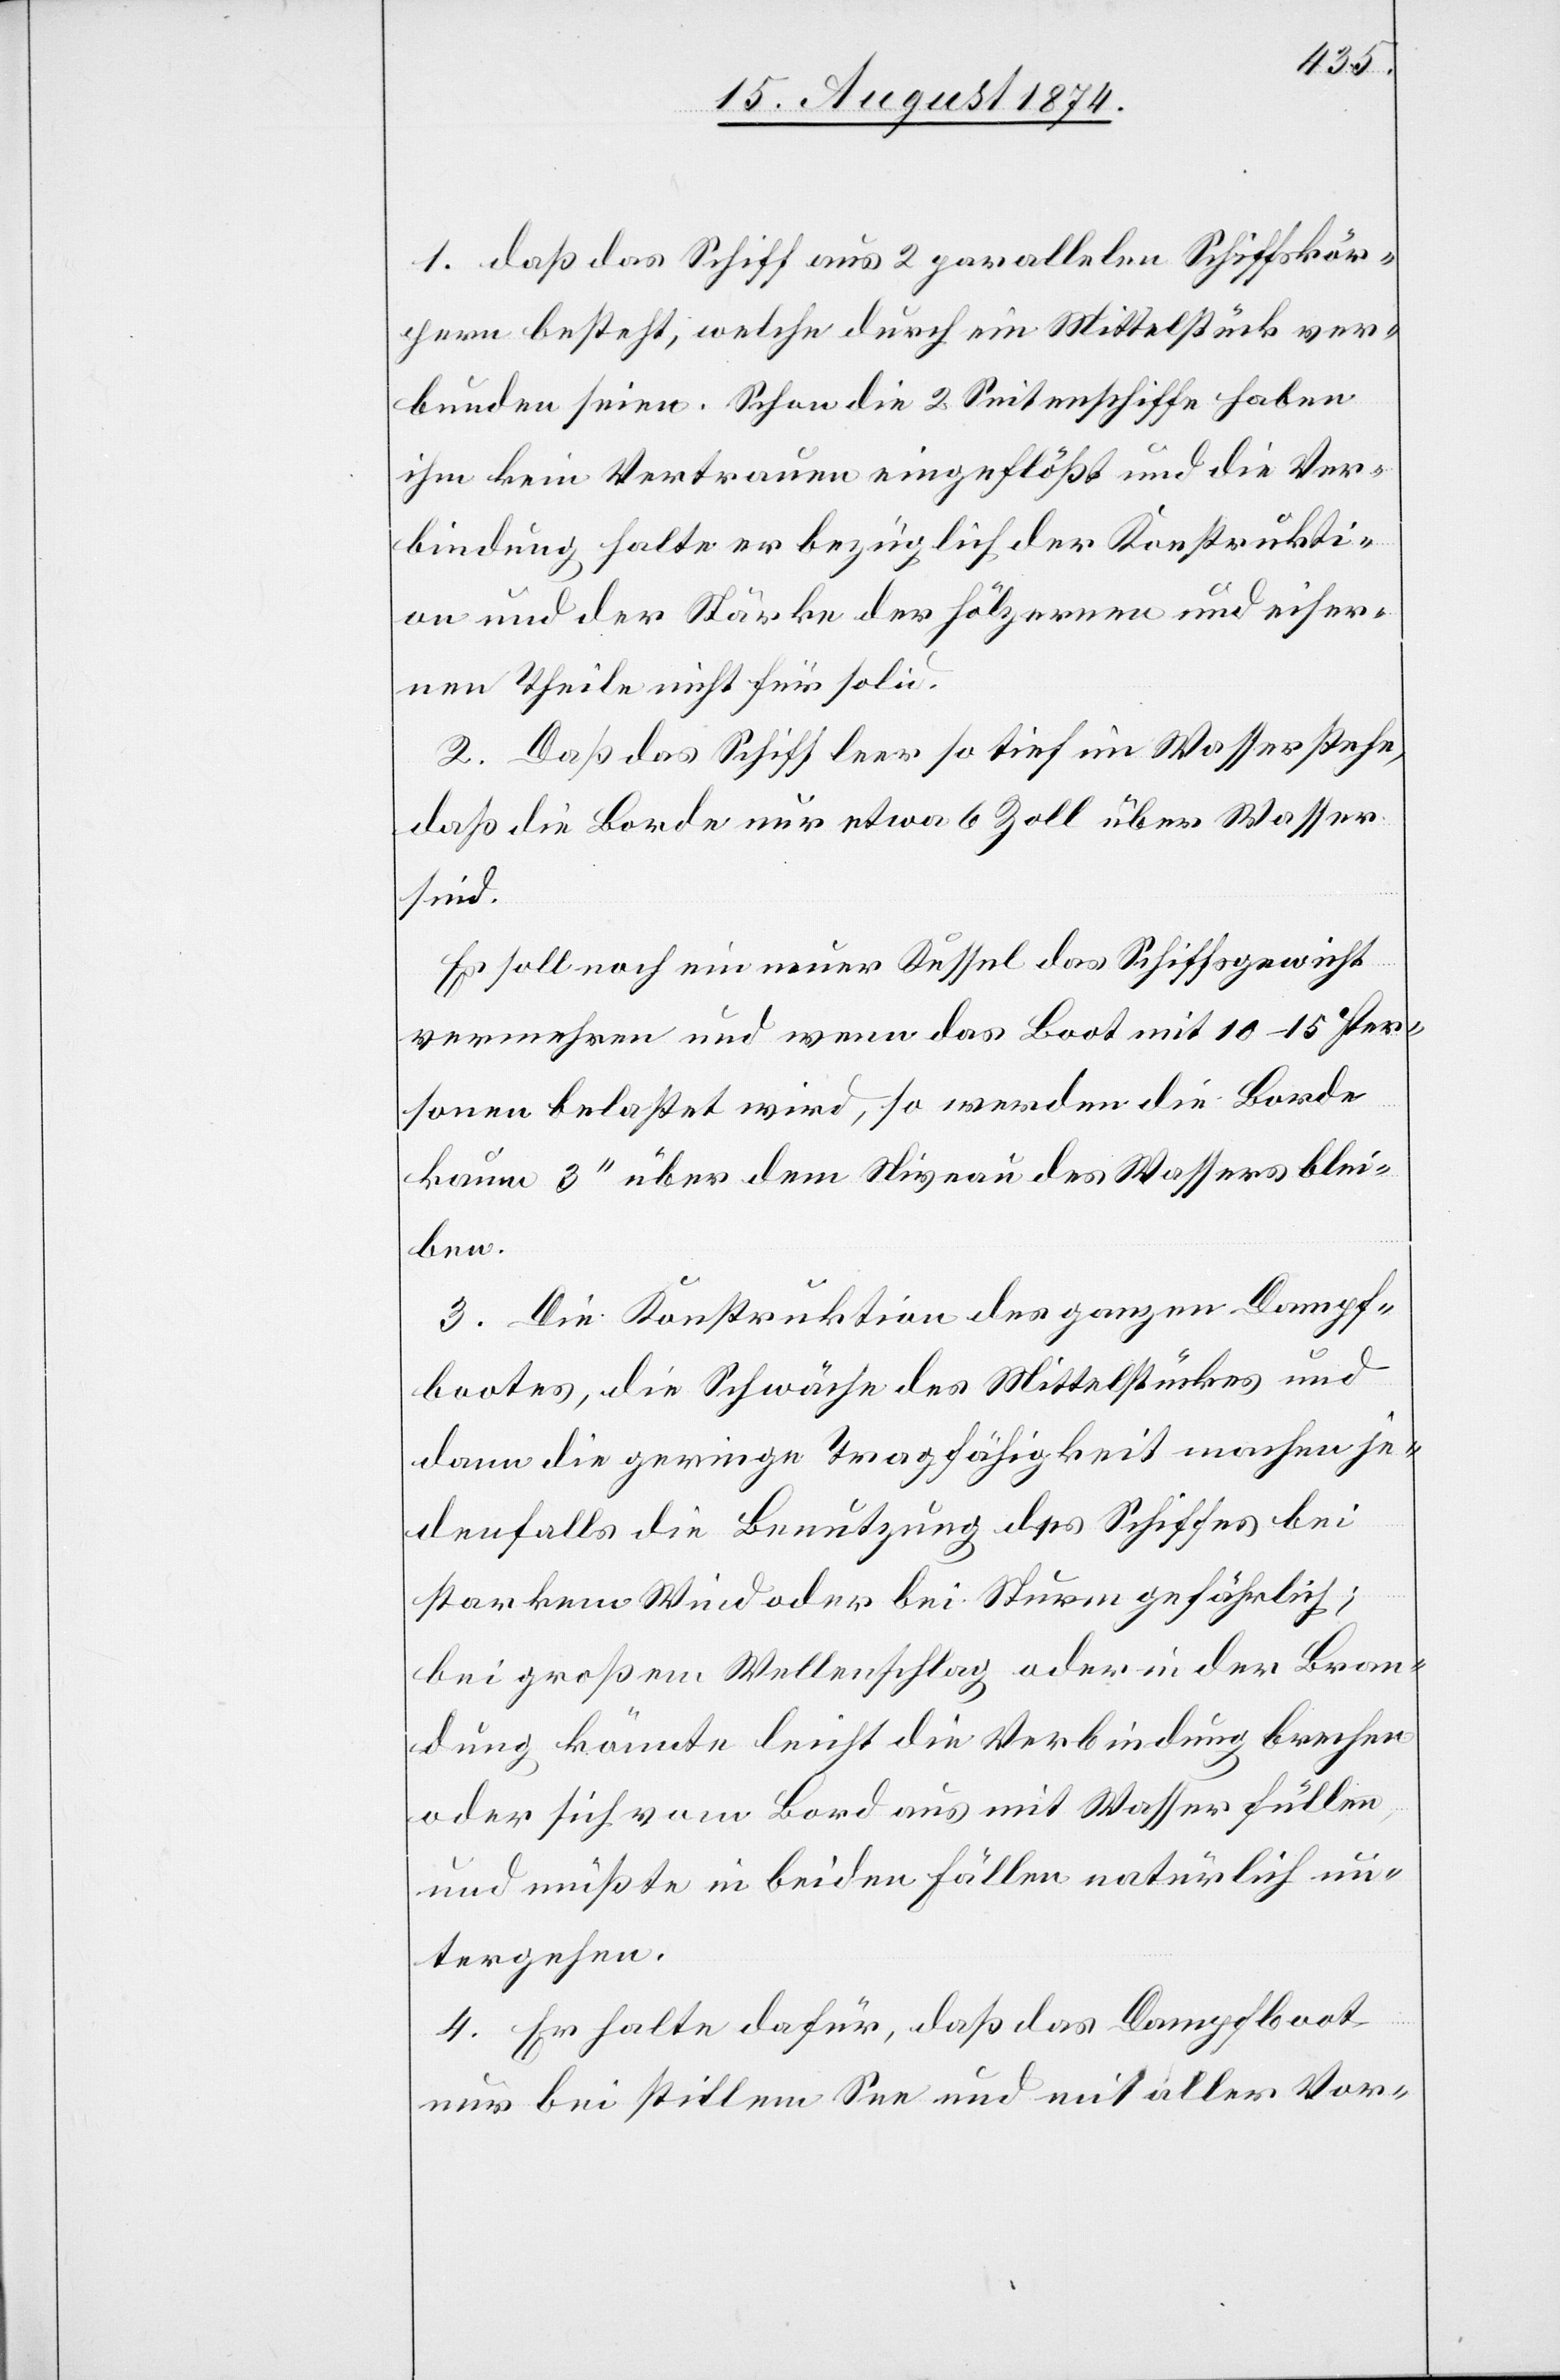
1. daß das Schiff aus 2 parallelen Schiffskör¬
pern besteht, welche durch ein Mittelstück ver¬
bunden seien. Schon die 2 Seitenschiffe haben
ihm kein Vertrauen eingeflößt und die Ver¬
bindung halte er bezüglich der Konstrukti¬
on und der Stärke der hölzernen und eiser¬
nen Theile nicht für solid.
2. Daß das Schiff leer so tief im Wasser stehe,
daß die Borde nur etwa 6 Zoll über Wasser
sind.
Es soll noch ein neuer Kessel das Schiffsgewicht
vermehren und wenn das Boot mit 10–15 Per¬
sonen belastet wird, so werden die Borde
kaum 3‘‘ über dem Niveau des Wassers blei¬
ben.
3. Die Konstruktion des ganzen Dampf¬
bootes, die Schwäche des Mittelstückes und
dann die geringe Tragfähigkeit machen je¬
denfalls die Benutzung des Schiffes bei
starkem Wind oder bei Sturm gefährlich;
bei großem Wellenschlag oder der Bran¬
dung könnte leicht die Verbindung brechen
oder sich vom Bord aus mit Wasser füllen
und müßte in beiden Fällen natürlich un¬
tergehen.
4. Er halte dafür, daß das Dampfboot
nur bei stillem See und mit aller Vor-